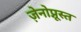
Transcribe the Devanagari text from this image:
ज़ेनोप्नूस्त